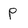
Character: P